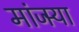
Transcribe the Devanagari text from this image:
मांजर्‍या